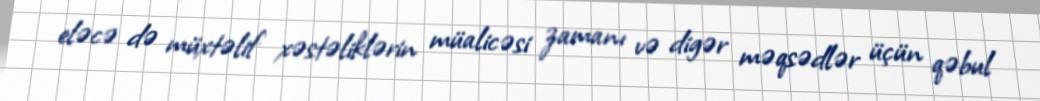
eləcə də müxtəlif xəstəliklərin müalicəsi zamanı və digər məqsədlər üçün qəbul